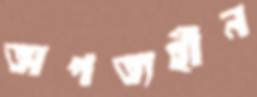
অপত্যহীন